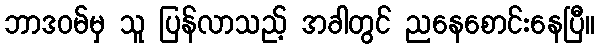
ဘာဒဝမ်မှ သူ ပြန်လာသည့် အခါတွင် ညနေစောင်းနေပြီ။